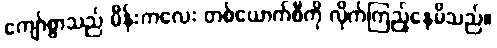
ကျော်စွာသည် မိန်းကလေး တစ်ယောက်စီကို လိုက်ကြည့်နေမိသည်။